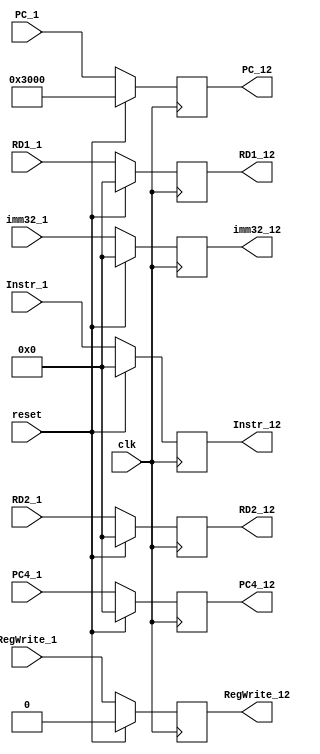
`timescale 1ns / 1ps
//////////////////////////////////////////////////////////////////////////////////
// Company: 
// Engineer: 
// 
// Design Name: 
// Module Name:    ID2EX 
// Project Name: 
// Target Devices: 
// Tool versions: 
// Description: 
//
// Dependencies: 
//
// Revision: 
// Revision 0.01 - File Created
// Additional Comments: 
//
//////////////////////////////////////////////////////////////////////////////////
module ID2EX(
    input clk,
    input reset,
	 input [31:0] Instr_1,
	 input [31:0] PC_1,
	 input [31:0] RD1_1,
	 input [31:0] RD2_1,
	 input [31:0] imm32_1,
	 input [31:0] PC4_1,
	 input RegWrite_1,
	 output reg [31:0] Instr_12,
	 output reg [31:0] PC_12,
	 output reg [31:0] RD1_12,
	 output reg [31:0] RD2_12,
	 output reg [31:0] imm32_12,
	 output reg [31:0] PC4_12,
	 output reg RegWrite_12
    );
	 
	 always @(posedge clk) begin
		if(reset) begin
			Instr_12<=32'h0;
			PC_12<=32'h00003000;
			RD1_12<=32'h0;
			RD2_12<=32'h0;
			imm32_12<=32'h0;
			PC4_12<=32'h0;
			RegWrite_12<=1'b0;
		end
		else begin
			Instr_12<=Instr_1;
			PC_12<=PC_1;
			RD1_12<=RD1_1;
			RD2_12<=RD2_1;
			imm32_12<=imm32_1;
			PC4_12<=PC4_1;
			RegWrite_12<=RegWrite_1;
		end
	 end


endmodule